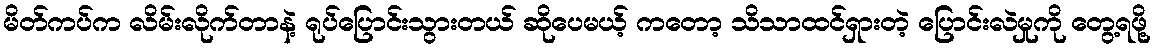
မိတ်ကပ်က လိမ်းလိုက်တာနဲ့ ရုပ်ပြောင်းသွားတယ် ဆိုပေမယ့် ကတော့ သိသာထင်ရှားတဲ့ ပြောင်းလဲမှုကို တွေ့ရဖို့